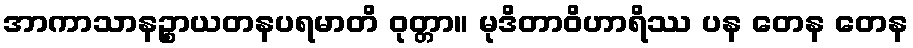
အာကာသာနဉ္စာယတနပရမာတိ ဝုတ္တာ။ မုဒိတာဝိဟာရိဿ ပန တေန တေန